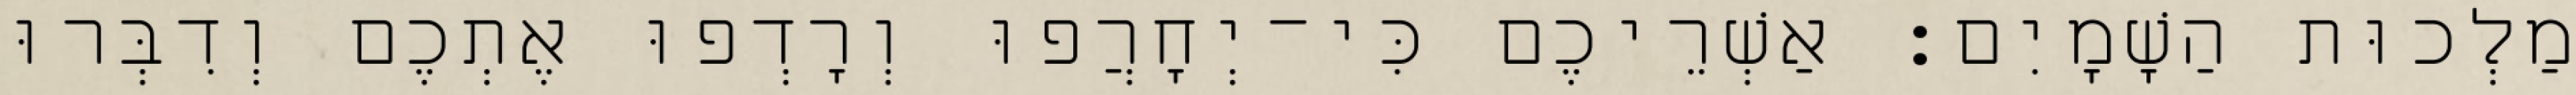
מַלְכוּת הַשָׁמָיִם׃ אַשְׁרֵיכֶם כִּי־יְחָרֲפוּ וְרָדְפוּ אֶתְכֶם וְדִבְּרוּ